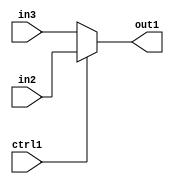
`timescale 1ps / 1ps
/*****************************************************************************
    Verilog RTL Description
    
    
    Created by: Stratus DpOpt 2019.1.04 
*******************************************************************************/

module fir_N_Mux_8_2_10_1 (
	in3,
	in2,
	ctrl1,
	out1
	); /* architecture "behavioural" */ 
input [7:0] in3,
	in2;
input  ctrl1;
output [7:0] out1;
wire [7:0] asc001;

reg [7:0] asc001_tmp_0;
assign asc001 = asc001_tmp_0;
always @ (ctrl1 or in2 or in3) begin
	case (ctrl1)
		1'B1 : asc001_tmp_0 = in2 ;
		default : asc001_tmp_0 = in3 ;
	endcase
end

assign out1 = asc001;
endmodule

/* CADENCE  uLTySAo= : u9/ySgnWtBlWxVbRXgAU4eg= ** DO NOT EDIT THIS LINE ******/